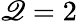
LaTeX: \mathscr{Q}=2